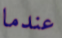
عندما